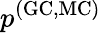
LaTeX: p^{\mathrm{(GC,MC)}}